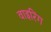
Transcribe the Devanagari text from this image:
वाइरिंग